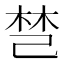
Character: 𰏐